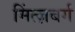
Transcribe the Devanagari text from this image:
मिंत्ज़बर्ग